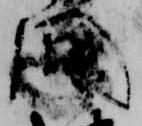
間